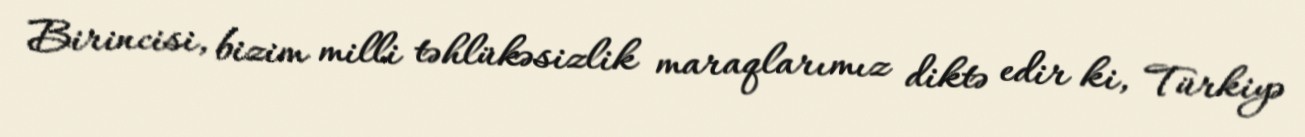
Birincisi, bizim milli təhlükəsizlik maraqlarımız diktə edir ki, Türkiyə